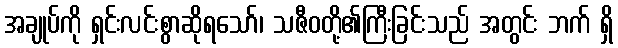
အချုပ်ကို ရှင်းလင်းစွာဆိုရသော်၊ သဇီဝတို့၏ကြီးခြင်းသည် အတွင်း ဘက် ရှိ